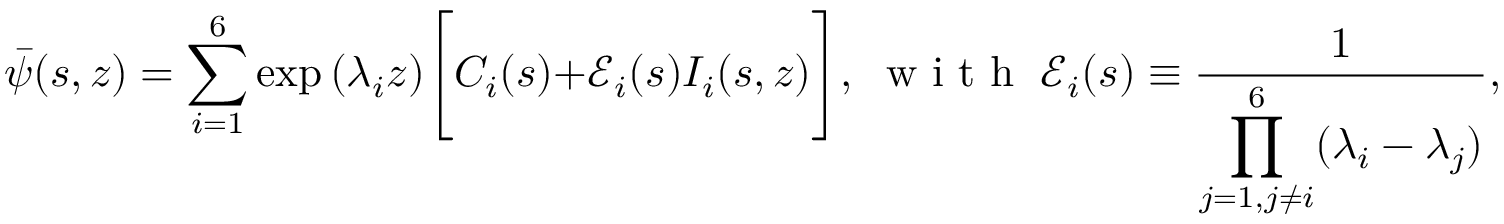
\bar { \psi } ( s , z ) = \sum _ { i = 1 } ^ { 6 } \exp { ( \lambda _ { i } z ) } \Bigg [ C _ { i } ( s ) + \mathscr { E } _ { i } ( s ) I _ { i } ( s , z ) \Bigg ] , \; \mathrm { ~ w ~ i ~ t ~ h ~ } \; \mathscr { E } _ { i } ( s ) \equiv \frac { 1 } { \displaystyle \prod _ { j = 1 , j \neq i } ^ { 6 } ( \lambda _ { i } - \lambda _ { j } ) } , \; I _ { i } ( s , z ) \equiv \int \exp ( - \lambda _ { i } z ) \mathscr { R } ( s , z ) d z .